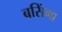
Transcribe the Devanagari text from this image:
बसिंगा